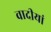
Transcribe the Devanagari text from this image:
वादीयां